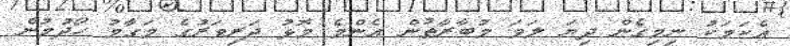
އެކަމަކު ނިމިގެން ދިޔަ ލަވަ މުބާރާތުން އެންމެ މޮޅު ދަރިވަރުގެ މަގާމު ހޯދުމުން